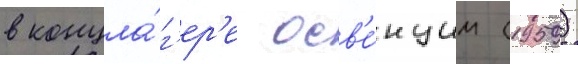
в концла́г'ер'е осв'е́нцим (1959)